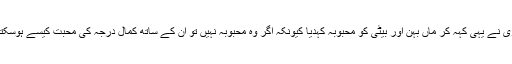
پھلواروی نے یہی کہہ کر ماں بہن اور بیٹی کو محبوبہ کہدیا کیونکہ اگر وہ محبوبہ نہیں تو ان کے ساتھ کمال درجہ کی محبت کیسے ہوسکتی ہے؟